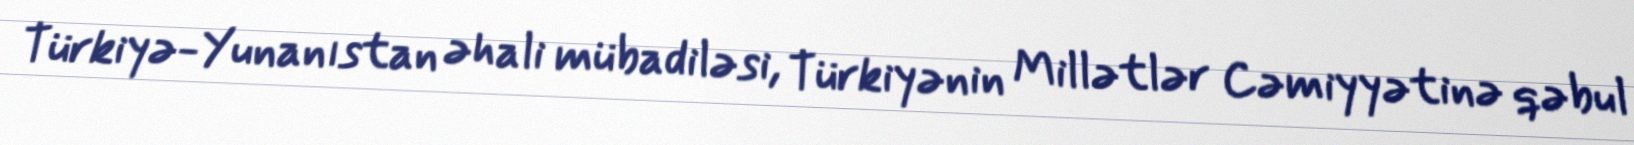
Türkiyə-Yunanıstan əhali mübadiləsi, Türkiyənin Millətlər Cəmiyyətinə qəbul